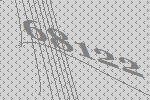
68122